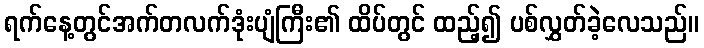
ရက်နေ့တွင်အက်တလက်ဒုံးပျံကြီး၏ ထိပ်တွင် ထည့်၍ ပစ်လွှတ်ခဲ့လေသည်။